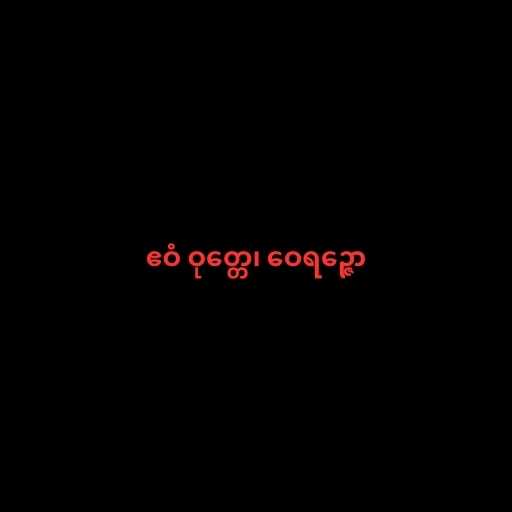
ဧဝံ ဝုတ္တေ၊ ဝေရဉ္ဇော